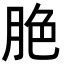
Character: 脃